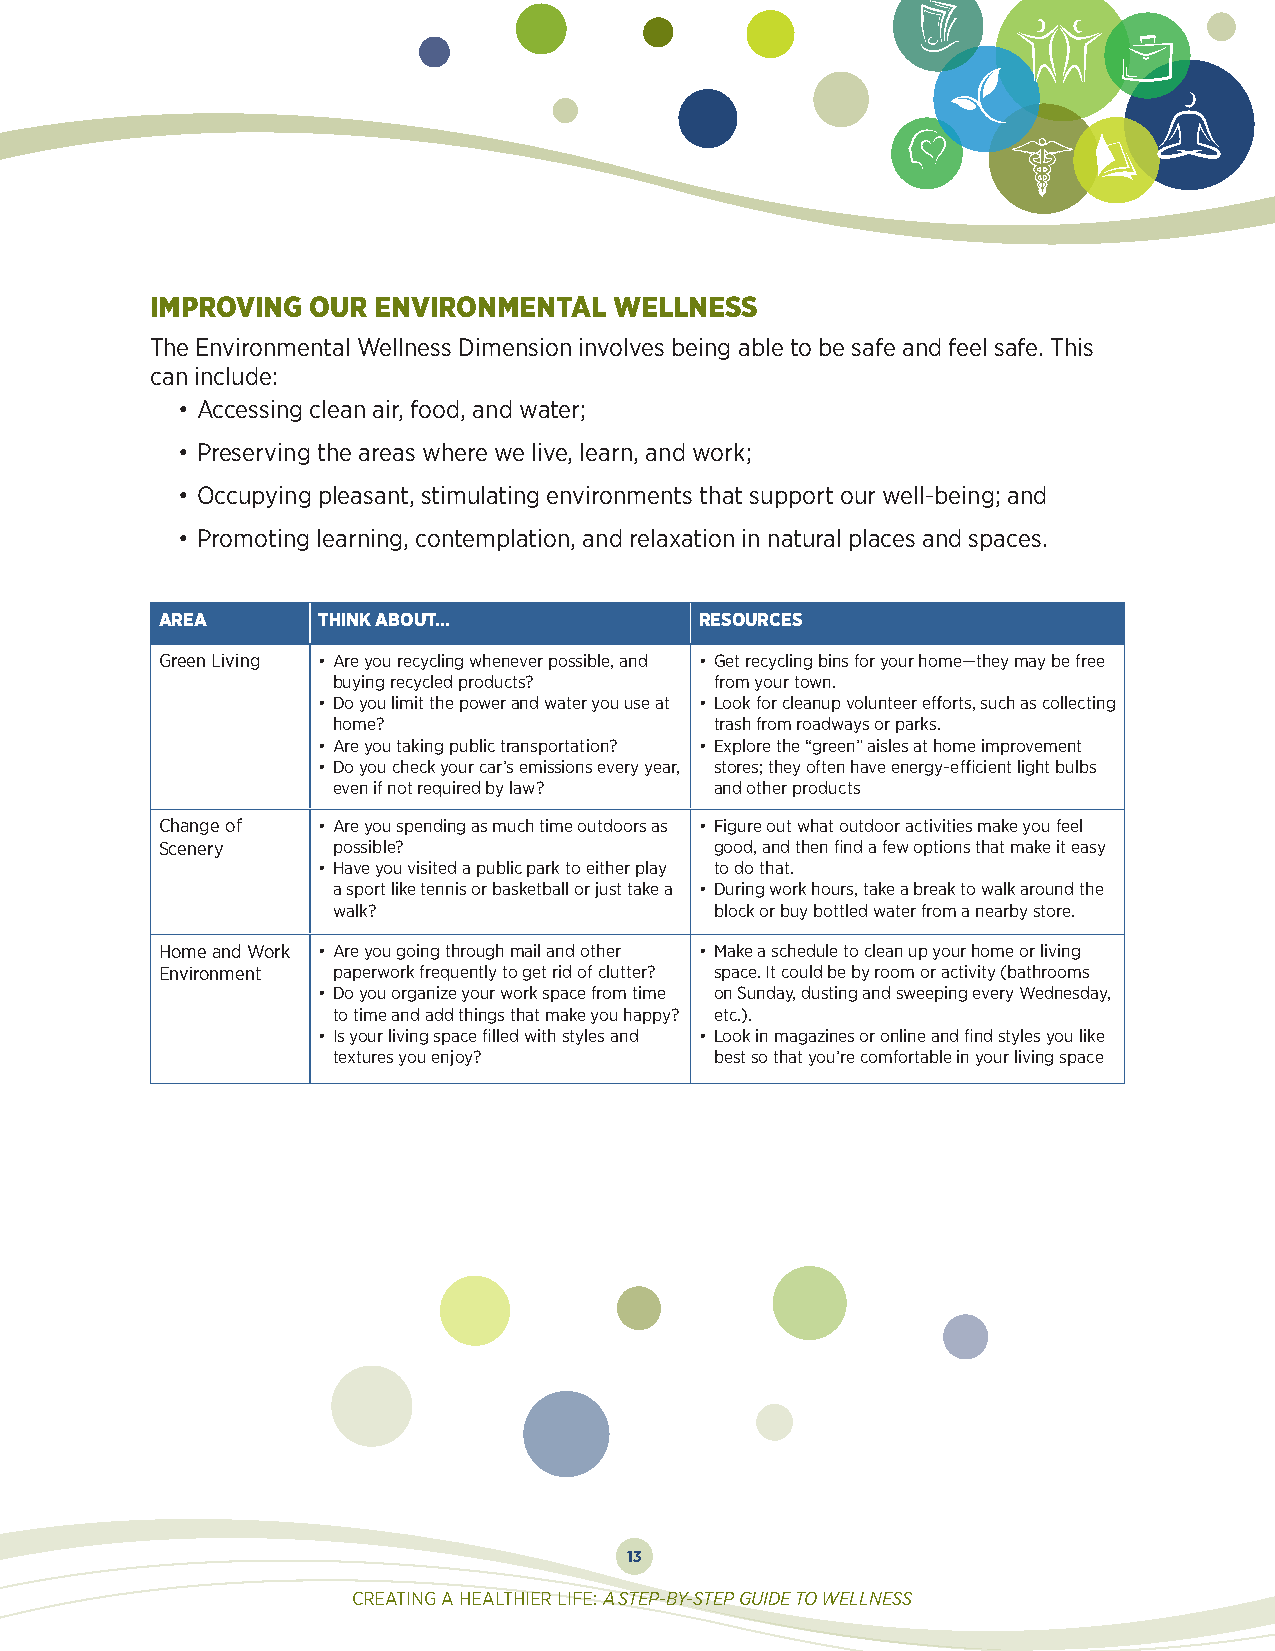
IMPROVING OUR  ENVIRONMENTAL   WELLNESS
 The Environmental Wellness Dimension involves being able to be safe and feel safe. This
 can include:
 • Accessing clean air, food, and water;
 • Preserving the areas where we live, learn, and work;
 • Occupying pleasant, stimulating environments that support our well-being; and
 • Promoting learning, contemplation, and relaxation in natural places and spaces.
 AREA      THINK ABOUT…             RESOURCES
 Green Living • Are you recycling whenever possible, and • Get recycling bins for your home—they may be free
 buying recycled products? from your town.
 • Do you limit the power and water you use at • Look for cleanup volunteer efforts, such as collecting
 home?                    trash from roadways or parks.
 • Are you taking public transportation? • Explore the “green” aisles at home improvement
 • Do you check your car’s emissions every year, stores; they often have energy-efficient light bulbs
 even if not required by law? and other products
 Change of • Are you spending as much time outdoors as • Figure out what outdoor activities make you feel
 Scenery    possible?                good, and then find a few options that make it easy
 • Have you visited a public park to either play to do that.
 a sport like tennis or basketball or just take a • During work hours, take a break to walk around the
 walk?                    block or buy bottled water from a nearby store.
 Home and Work • Are you going through mail and other • Make a schedule to clean up your home or living
 Environment paperwork frequently to get rid of clutter? space. It could be by room or activity (bathrooms
 • Do you organize your work space from time on Sunday, dusting and sweeping every Wednesday,
 to time and add things that make you happy? etc.).
 • Is your living space filled with styles and • Look in magazines or online and find styles you like
 textures you enjoy?      best so that you’re comfortable in your living space
 13
 CREATING A HEALTHIER LIFE: A STEP-BY-STEP GUIDE TO WELLNESS